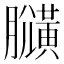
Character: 𪏍